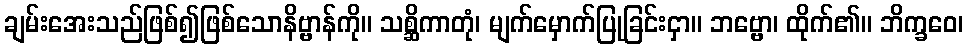
ချမ်းအေးသည်ဖြစ်၍ဖြစ်သောနိဗ္ဗာန်ကို။ သစ္ဆိကာတုံ၊ မျက်မှောက်ပြုခြင်းငှာ။ ဘဗ္ဗော၊ ထိုက်၏။ ဘိက္ခဝေ၊